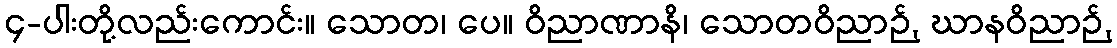
၄-ပါးတို့လည်းကောင်း။ သောတ၊ ပေ။ ဝိညာဏာနိ၊ သောတဝိညာဉ်, ဃာနဝိညာဉ်,